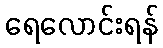
ရေလောင်းရန်